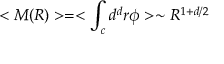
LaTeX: < M ( R ) > = < \int _ { c } d ^ { d } r \phi > \sim R ^ { 1 + d / 2 }